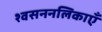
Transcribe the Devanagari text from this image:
श्वसननलिकाएँ